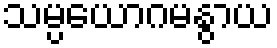
သမ္ပယောဂမနွာယ